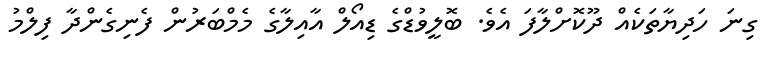
ގިނަ ހަދިޔާތަކެއް ދޫކޮށްލާފަ އެވެ. ބޮލީވުޑްގެ ޑިއޯލް އާއިލާގެ މެމްބަރުން ފެނިގެންދާ ފިލްމު